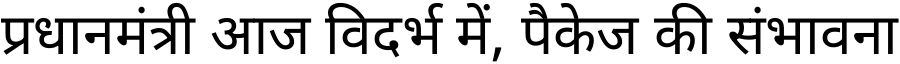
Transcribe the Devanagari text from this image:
प्रधानमंत्री आज विदर्भ में, पैकेज की संभावना